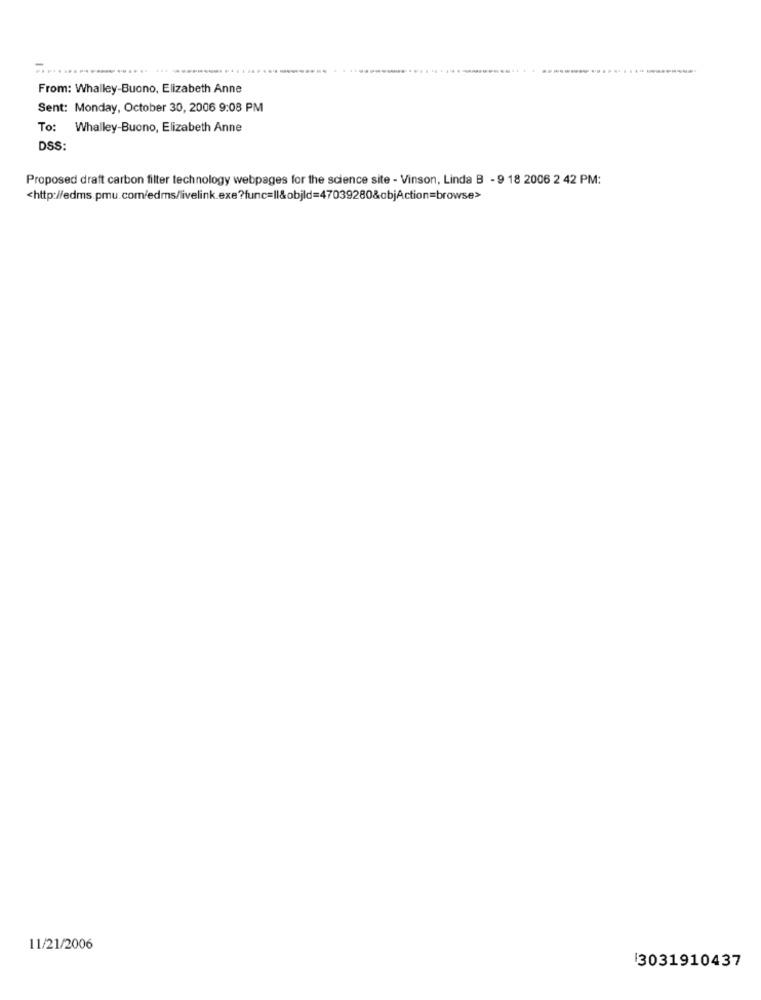
From: Whalley-Buono, Elizabeth Anne
Sent: Monday, October 30, 2006 9:08 PM
To: Whalley-Buono, Elizabeth Anne
DSS:
Proposed draft carbon filter technology webpages for the science site - Vinson, Linda B - 9 18 2006 2 42 PM:
<http://edms.pmu.com/edms/livelink.exe?func=Il&objld=47039280&objAction=browse>
11/21/2006
3031910437